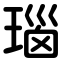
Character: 瑙